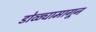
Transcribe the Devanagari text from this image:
डोळ्यामागून